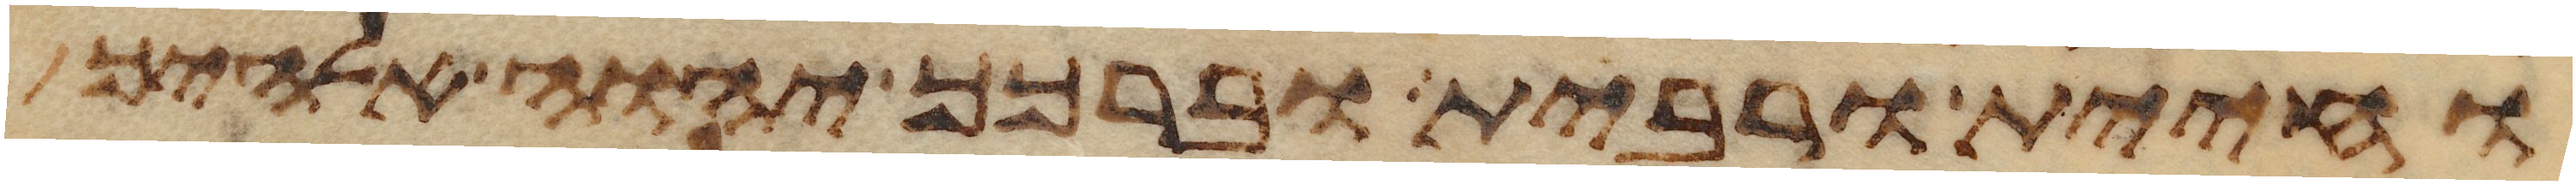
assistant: וחיית ורבית וברכך יהוה אלהיך